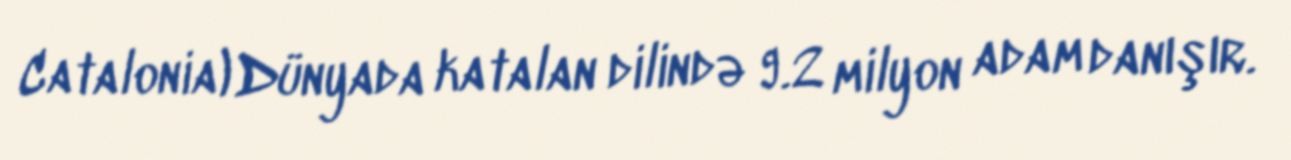
Catalonia) Dünyada katalan dilində 9.2 milyon adam danışır.